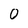
Character: 0